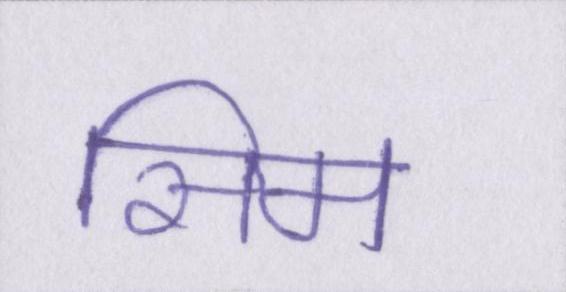
सिम